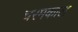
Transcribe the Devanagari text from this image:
चरमकाल